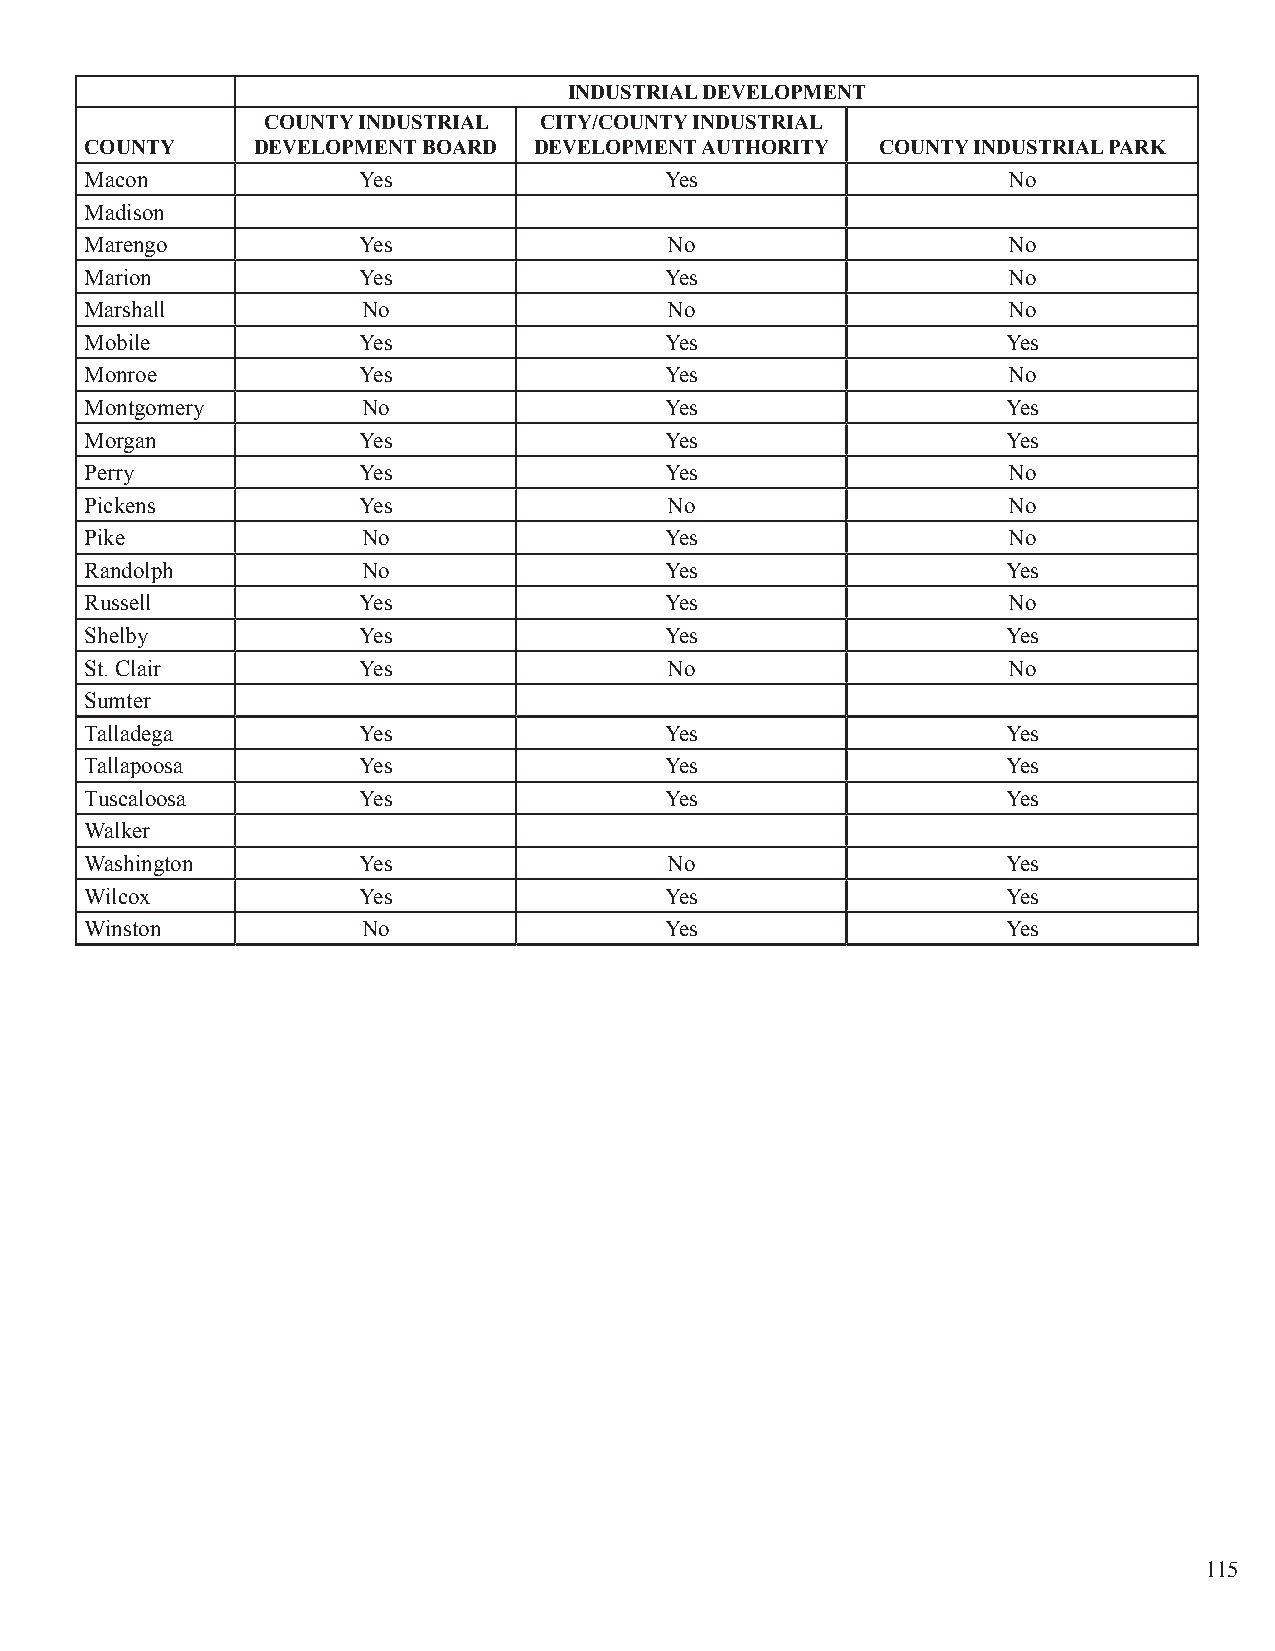
INDUSTRIAL DEVELOPMENT
 COUNTY INDUSTRIAL  CITY/COUNTY INDUSTRIAL
 COUNTY     DEVELOPMENT BOARD DEVELOPMENT AUTHORITY  COUNTY INDUSTRIAL PARK
 Macon             Yes                 Yes                    No
 Madison
 Marengo           Yes                 No                     No
 Marion            Yes                 Yes                    No
 Marshall          No                  No                     No
 Mobile            Yes                 Yes                    Yes
 Monroe            Yes                 Yes                    No
 Montgomery        No                  Yes                    Yes
 Morgan            Yes                 Yes                    Yes
 Perry             Yes                 Yes                    No
 Pickens           Yes                 No                     No
 Pike              No                  Yes                    No
 Randolph          No                  Yes                    Yes
 Russell           Yes                 Yes                    No
 Shelby            Yes                 Yes                    Yes
 St. Clair         Yes                 No                     No
 Sumter
 Talladega         Yes                 Yes                    Yes
 Tallapoosa        Yes                 Yes                    Yes
 Tuscaloosa        Yes                 Yes                    Yes
 Walker
 Washington        Yes                 No                     Yes
 Wilcox            Yes                 Yes                    Yes
 Winston           No                  Yes                    Yes
 115